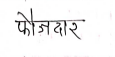
मजकूर: फोजदार